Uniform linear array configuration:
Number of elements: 48
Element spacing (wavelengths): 1
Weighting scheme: exponential
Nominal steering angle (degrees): -15
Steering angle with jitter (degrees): -15.591
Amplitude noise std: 0.05
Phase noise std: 0.05

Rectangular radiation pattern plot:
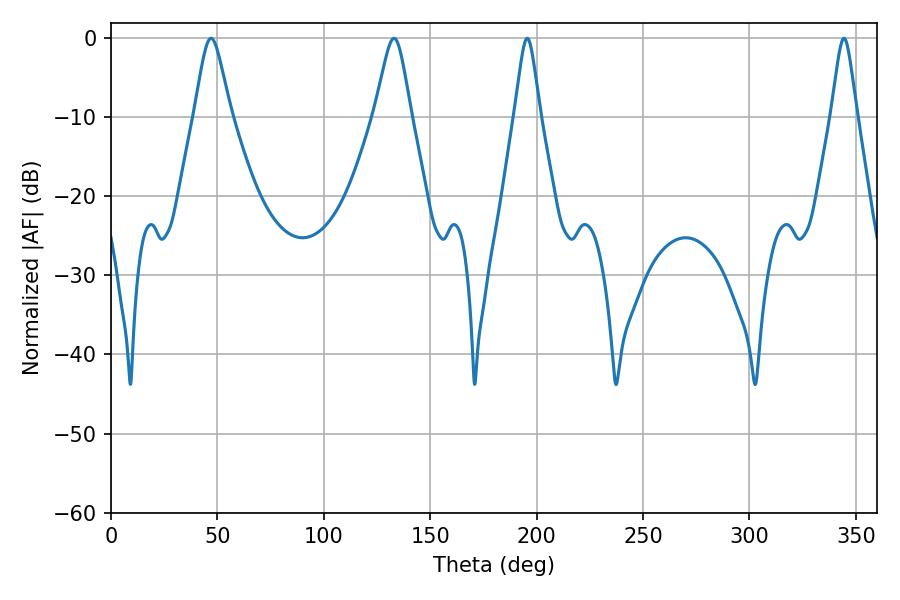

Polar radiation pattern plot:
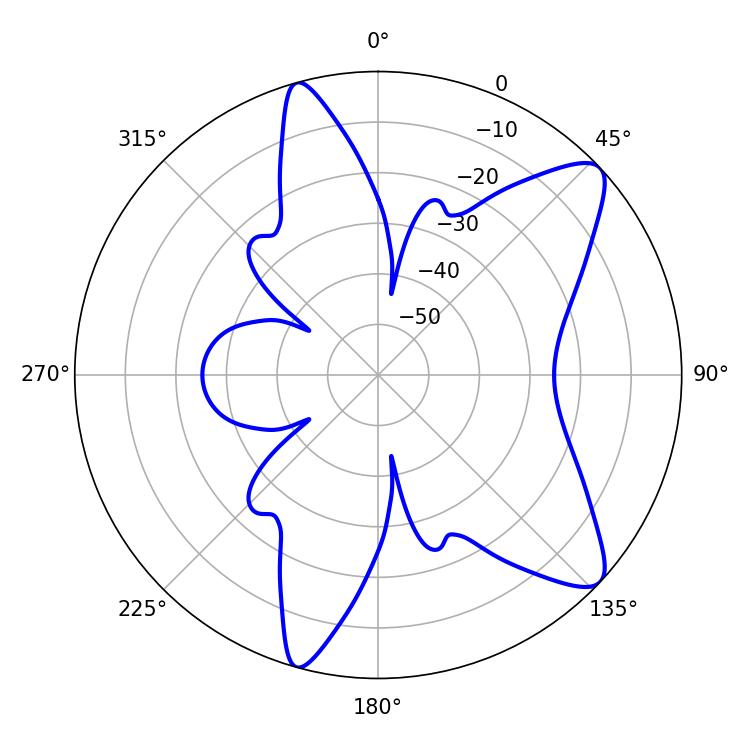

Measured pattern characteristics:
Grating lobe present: TRUE
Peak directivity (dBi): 10.075
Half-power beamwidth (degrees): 8.28
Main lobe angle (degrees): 46.98